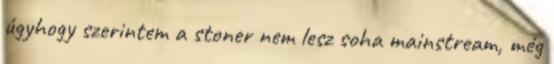
úgyhogy szerintem a stoner nem lesz soha mainstream, még